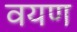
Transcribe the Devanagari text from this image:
वयण